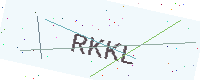
Text: RKKL